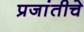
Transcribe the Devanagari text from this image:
प्रजांतीचे